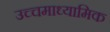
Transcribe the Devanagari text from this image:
उच्चमाध्यामिक